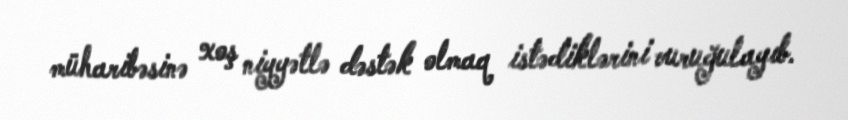
müharibəsinə xoş niyyətlə dəstək olmaq istədiklərini vuruğulayıb.